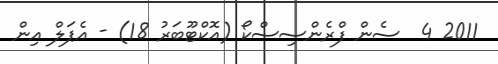
2011 4  ސެން ފްރެންސިސްކޯ (އޮކްޓޫބަރު 18) - އެޕަލް އިން